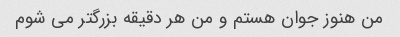
من هنوز جوان هستم و من هر دقیقه بزرگتر می شوم